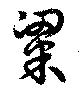
粱